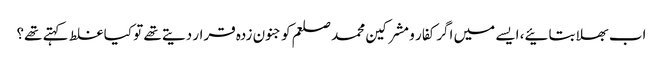
اب بھلا بتائیے، ایسے میں اگر کفار و مشرکین محمد صلعم کو جنون زدہ قرار دیتے تھے تو کیا غلط کہتے تھے؟